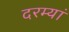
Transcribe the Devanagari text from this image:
दरम्‍यां